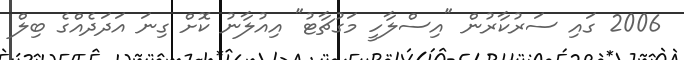
2006 ގައި ސަރުކާރުން "އިސްލާހީ މަގުޗާޓު" އިއުލާނު ކޮށް ގިނަ އަދަދެއްގެ ބިލް